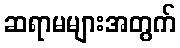
ဆရာမများအတွက်